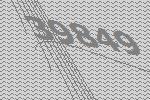
39849